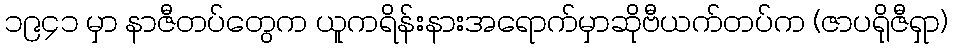
၁၉၄၁ မှာ နာဇီတပ်တွေက ယူကရိန်းနားအရောက်မှာဆိုဗီယက်တပ်က (ဇာပရိုဇီရှာ)